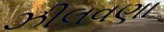
ઝીલવણા